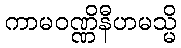
ကာမဝဏ္ဏိနီဟမသ္မိ